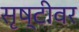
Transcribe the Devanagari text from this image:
सृष्टीवर